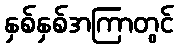
နှစ်နှစ်အကြာတွင်